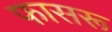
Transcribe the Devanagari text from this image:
फासरू